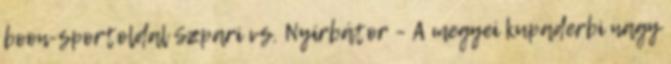
boon-sportoldal Szpari vs. Nyírbátor – A megyei kupaderbi nagy